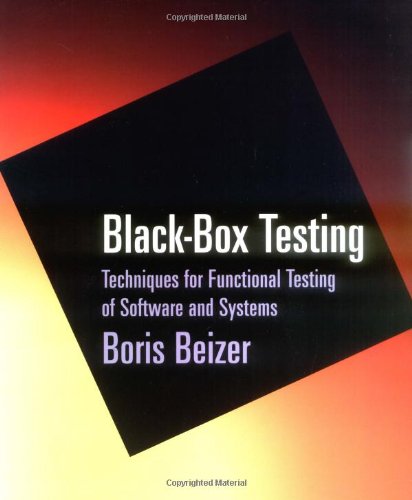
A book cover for Black-Box Testing: Techniques for Functional Testing of Software and Systems; Boris Beizer; Computers & Technology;